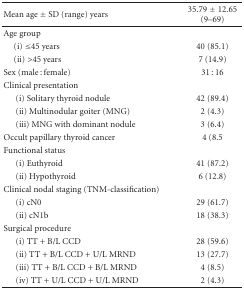
| Mean age ± SD (range) years | 35.79 ± 12.65 (9–69) |
 | --- | --- |
 | Age group |  |
 | (i) ≤45 years | 40 (85.1) |
 | (ii) >45 years | 7 (14.9) |
 | Sex (male : female) | 31 : 16 |
 | Clinical presentation |  |
 | (i) Solitary thyroid nodule | 42 (89.4) |
 | (ii) Multinodular goiter (MNG) | 2 (4.3) |
 | (iii) MNG with dominant nodule | 3 (6.4) |
 | Occult papillary thyroid cancer | 4 (8.5 |
 | Functional status |  |
 | (i) Euthyroid | 41 (87.2) |
 | (ii) Hypothyroid | 6 (12.8) |
 | Clinical nodal staging (TNM-classification) |  |
 | (i) cN0 | 29 (61.7) |
 | (ii) cN1b | 18 (38.3) |
 | Surgical procedure |  |
 | (i) TT + B/L CCD | 28 (59.6) |
 | (ii) TT + B/L CCD + U/L MRND | 13 (27.7) |
 | (iii) TT + B/L CCD + B/L MRND | 4 (8.5) |
 | (iv) TT + U/L CCD + U/L MRND | 2 (4.3) |